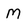
Character: M